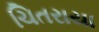
ચિતરાયા